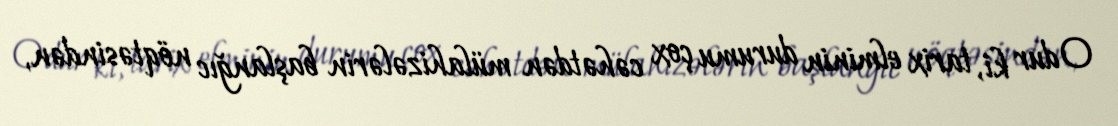
Odur ki, tarix elminin durumu çox cəhətdən mülahizələrin başlanğıc nöqtəsindən,